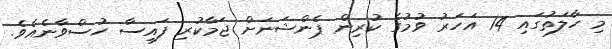
މި ހާލަތުގައި 14 އަހަރު ވުމުގެ ކުރިން ޕެންޝަނަށް ޖަމާކުރި ފައިސާ ހުސްވާނެއެވެ.